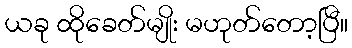
ယခု ထိုခေတ်မျိုး မဟုတ်တော့ပြီ။